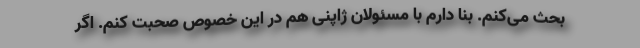
بحث می‌کنم. بنا دارم با مسئولان ژاپنی هم در این خصوص صحبت کنم. اگر